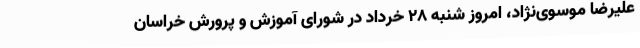
علیرضا موسوی‌نژاد، امروز شنبه ۲۸ خرداد در شورای آموزش و پرورش خراسان